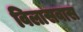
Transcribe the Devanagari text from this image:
विलासवास